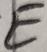
Text: +E